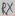
Text: RX